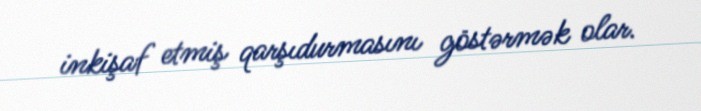
inkişaf etmiş qarşıdurmasını göstərmək olar.